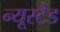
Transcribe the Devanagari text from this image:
न्यूस्टैड